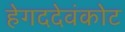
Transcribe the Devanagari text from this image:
हेगददेवंकोट